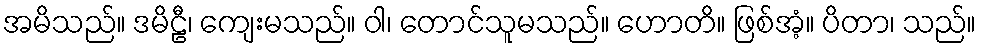
အမိသည်။ ဒမိဠီ၊ ကျေးမသည်။ ဝါ၊ တောင်သူမသည်။ ဟောတိ။ ဖြစ်အံ့။ ပိတာ၊ သည်။